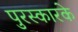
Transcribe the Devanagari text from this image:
पुरस्कारके